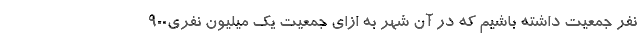
نفر جمعیت داشته باشیم که در آن شهر به ازای جمعیت یک میلیون نفری۹۰۰